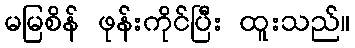
မမြစိန် ဖုန်းကိုင်ပြီး ထူးသည်။